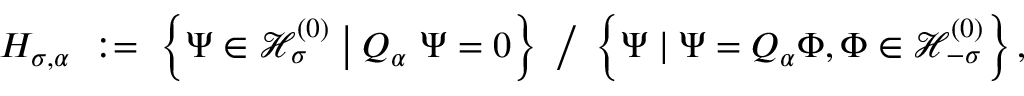
H _ { \sigma , \alpha } \ : = \ \left\{ \Psi \in { \mathcal H } _ { \sigma } ^ { ( 0 ) } \bigm | Q _ { \alpha } \ \Psi = 0 \right\} \ \big / \ \left\{ \Psi \mid \Psi = Q _ { \alpha } \Phi , \Phi \in { \mathcal H } _ { - \sigma } ^ { ( 0 ) } \right\} ,